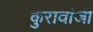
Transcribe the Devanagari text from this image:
कुरावांजी